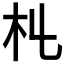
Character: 𣎹